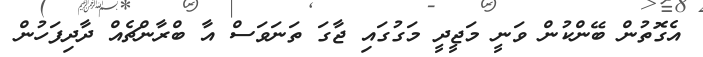
އެގޮތުން ބޭންކުން ވަނީ މަޖީދީ މަގުގައި ޖާގަ ތަނަވަސް އާ ބްރާންޗެއް ދާދިފަހުން